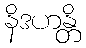
နိဒဟန္တိ